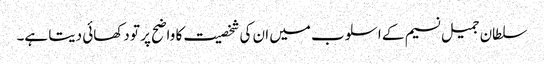
سلطان جمیل نسیم کے اسلوب میں ان کی شخصیت کا واضح پر تو دکھائی دیتا ہے۔